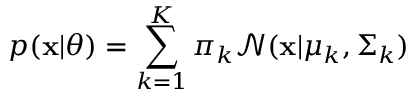
p ( \mathbf { x } | \theta ) = \sum _ { k = 1 } ^ { K } \pi _ { k } \mathcal { N } ( \mathbf { x } | \mu _ { k } , \Sigma _ { k } )